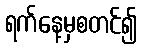
ရက်နေ့မှစတင်၍